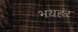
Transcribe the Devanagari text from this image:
भयहर